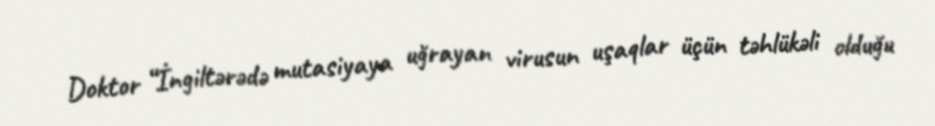
Doktor “İngiltərədə mutasiyaya uğrayan virusun uşaqlar üçün təhlükəli olduğu